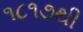
૧૮૧૭થી